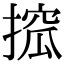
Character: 搲